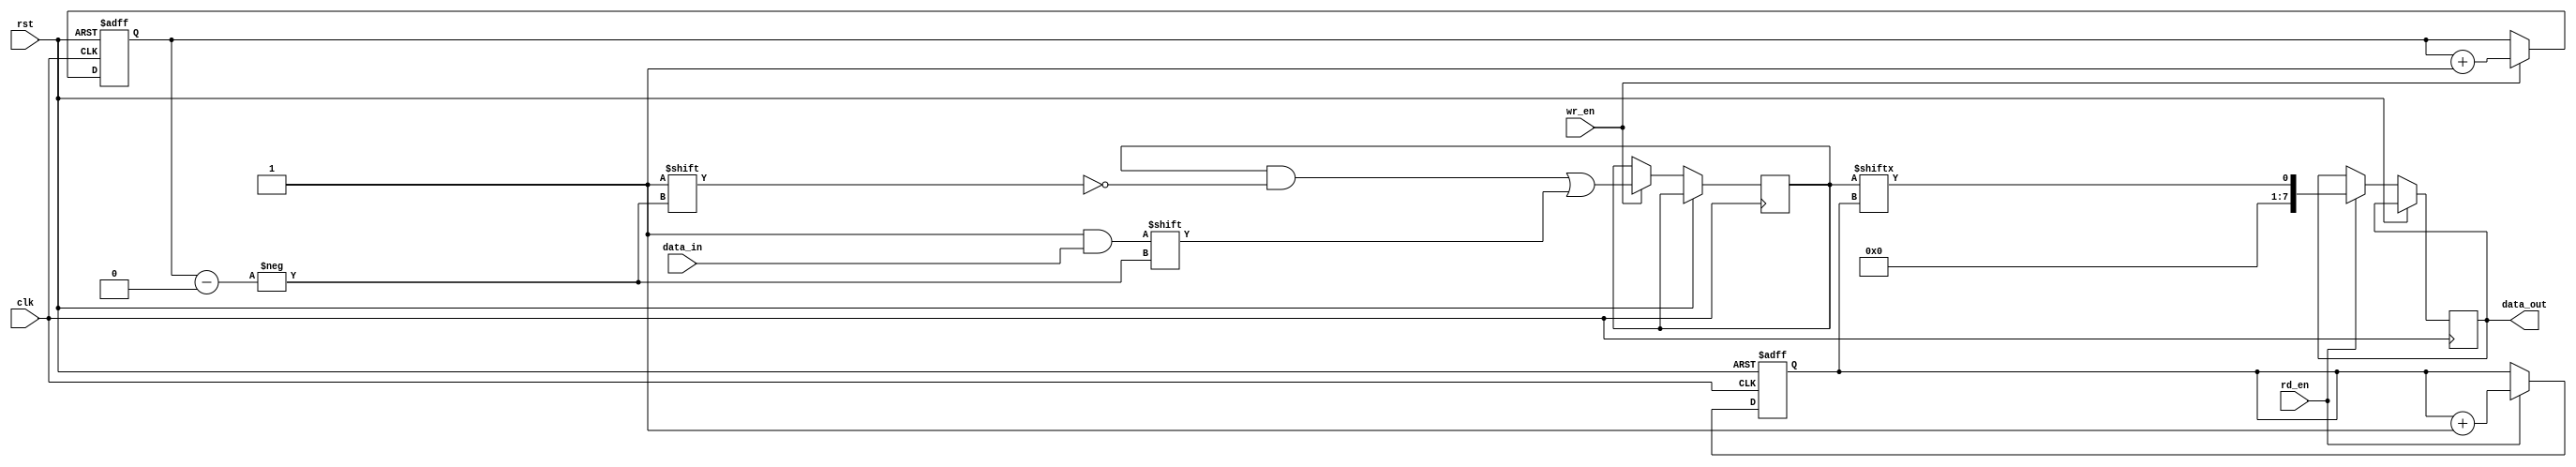
module fifo_buffer(
    input wire clk,
    input wire rst,
    input wire wr_en,
    input wire rd_en,
    input wire [WIDTH-1:0] data_in,
    output reg [WIDTH-1:0] data_out
);

// Define FIFO buffer parameters
parameter DEPTH = 16;
parameter WIDTH = 8;

// Define internal signals
reg [DEPTH-1:0] buffer_data;
reg [DEPTH-1:0] rd_ptr;
reg [DEPTH-1:0] wr_ptr;
reg [DEPTH-1:0] fill_level;

// Write enable control logic
always @(posedge clk or posedge rst) begin
    if (rst) begin
        wr_ptr <= 0;
    end else if (wr_en) begin
        wr_ptr <= wr_ptr + 1;
        buffer_data[wr_ptr] <= data_in;
        fill_level <= fill_level + 1;
    end
end

// Read enable control logic
always @(posedge clk or posedge rst) begin
    if (rst) begin
        rd_ptr <= 0;
    end else if (rd_en) begin
        data_out <= buffer_data[rd_ptr];
        rd_ptr <= rd_ptr + 1;
        fill_level <= fill_level - 1;
    end
end

endmodule